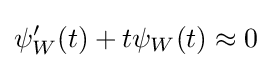
\psi '_{W}(t)+t\psi _{W}(t)\approx 0